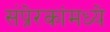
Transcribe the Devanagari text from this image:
संप्रेरकांमध्ये